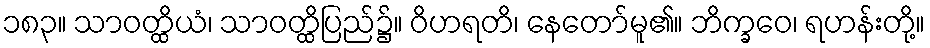
၁၈၃။ သာဝတ္ထိယံ၊ သာဝတ္ထိပြည်၌။ ဝိဟရတိ၊ နေတော်မူ၏။ ဘိက္ခဝေ၊ ရဟန်းတို့။